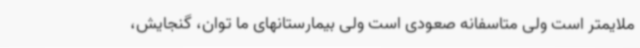
ملایمتر است ولی متاسفانه صعودی است ولی بیمارستانهای ما توان، گنجایش،